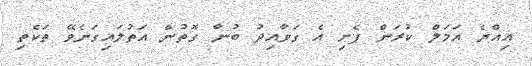
އިއްޔެ އަމަލް ކުރަން ފެށި އެ ގަވާއިދު ބުނާ ގޮތުން އަތުލައިގަނެވޭ ތަކެތި